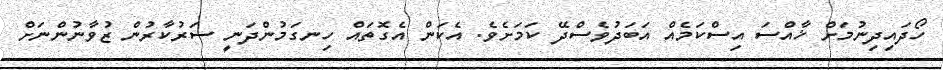
ހޯދައިދިނުމަށް ޚާއްސަ އިސްކަމެއް އަބަދުވެސްދޭ ކަމަށެވެ. އެކަން އެގޮތައް ހިނގަމުންދަނީ ސަރުކާރުން ޒުވާނުންނަށް